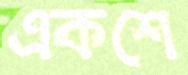
একশে